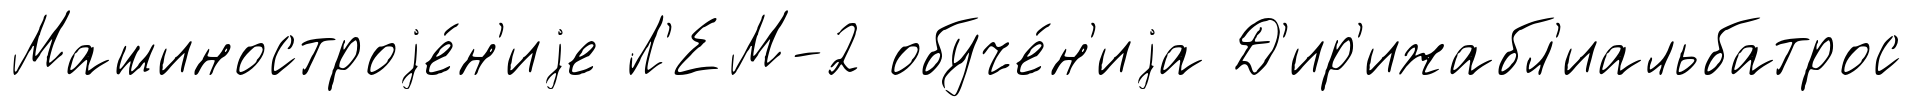
Машиностроjе́н'иjе Л'ЕМ-2 обуче́н'иjа Д'ир'ижабл'иальбатрос